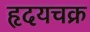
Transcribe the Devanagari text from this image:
हृदयचक्र